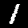
Digit: 1